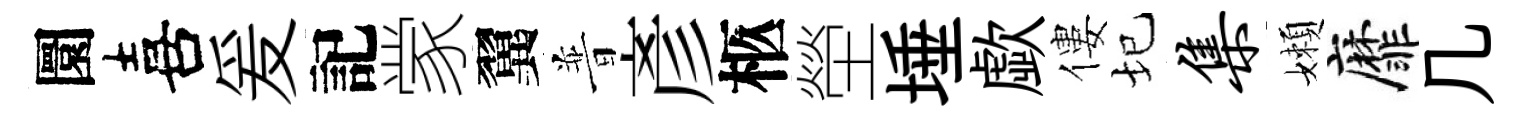
圜喜爰記䝉翼普彥柩塋埵歔僂圮集嬾靡几